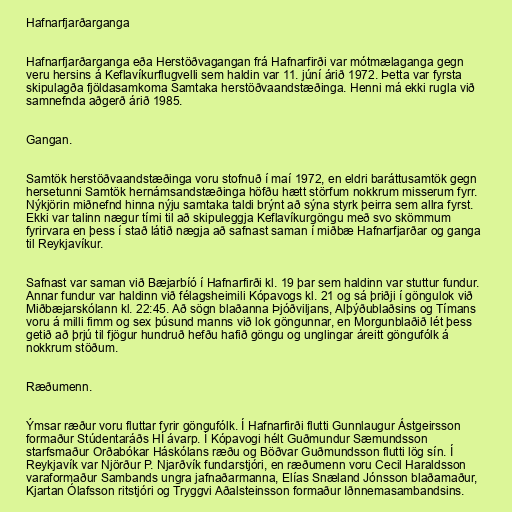
Hafnarfjarðarganga

Hafnarfjarðarganga eða Herstöðvagangan frá Hafnarfirði var mótmælaganga gegn
veru hersins á Keflavíkurflugvelli sem haldin var 11. júní árið 1972. Þetta var fyrsta
skipulagða fjöldasamkoma Samtaka herstöðvaandstæðinga. Henni má ekki rugla við
samnefnda aðgerð árið 1985.

Gangan.

Samtök herstöðvaandstæðinga voru stofnuð í maí 1972, en eldri baráttusamtök gegn
hersetunni Samtök hernámsandstæðinga höfðu hætt störfum nokkrum misserum fyrr.
Nýkjörin miðnefnd hinna nýju samtaka taldi brýnt að sýna styrk þeirra sem allra fyrst.
Ekki var talinn nægur tími til að skipuleggja Keflavíkurgöngu með svo skömmum
fyrirvara en þess í stað látið nægja að safnast saman í miðbæ Hafnarfjarðar og ganga
til Reykjavíkur.

Safnast var saman við Bæjarbíó í Hafnarfirði kl. 19 þar sem haldinn var stuttur fundur.
Annar fundur var haldinn við félagsheimili Kópavogs kl. 21 og sá þriðji í göngulok við
Miðbæjarskólann kl. 22:45. Að sögn blaðanna Þjóðviljans, Alþýðublaðsins og Tímans
voru á milli fimm og sex þúsund manns við lok göngunnar, en Morgunblaðið lét þess
getið að þrjú til fjögur hundruð hefðu hafið göngu og unglingar áreitt göngufólk á
nokkrum stöðum.

Ræðumenn.

Ýmsar ræður voru fluttar fyrir göngufólk. Í Hafnarfirði flutti Gunnlaugur Ástgeirsson
formaður Stúdentaráðs HÍ ávarp. Í Kópavogi hélt Guðmundur Sæmundsson
starfsmaður Orðabókar Háskólans ræðu og Böðvar Guðmundsson flutti lög sín. Í
Reykjavík var Njörður P. Njarðvík fundarstjóri, en ræðumenn voru Cecil Haraldsson
varaformaður Sambands ungra jafnaðarmanna, Elías Snæland Jónsson blaðamaður,
Kjartan Ólafsson ritstjóri og Tryggvi Aðalsteinsson formaður Iðnnemasambandsins.